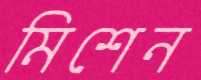
মিশেন